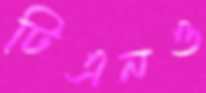
টিএনও